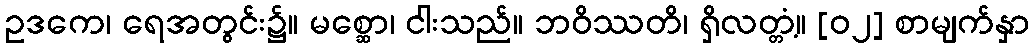
ဥဒကေ၊ ရေအတွင်း၌။ မစ္ဆော၊ ငါးသည်။ ဘဝိဿတိ၊ ရှိလတ္တံ့။ [၀၂] စာမျက်နှာ